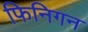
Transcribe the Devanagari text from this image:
फिनिगन